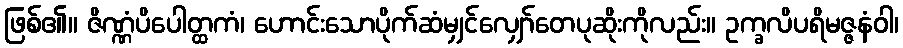
ဖြစ်၏။ ဇိဏ္ဏံပိပေါတ္ထကံ၊ ဟောင်းသောပိုက်ဆံမျှင်လျှော်တေပုဆိုးကိုလည်း။ ဥက္ခလိပရိမဇ္ဇနံဝါ၊